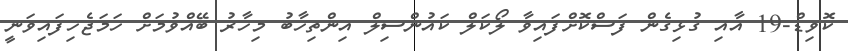
ކޮވިޑް-19 އާއި ގުޅިގެން ފަސްކޮށްފައިވާ ލޯކަލް ކައުންސިލް އިންތިހާބު މިހާރު ބޭއްވުމަށް ހަމަޖެހިފައިވަނީ